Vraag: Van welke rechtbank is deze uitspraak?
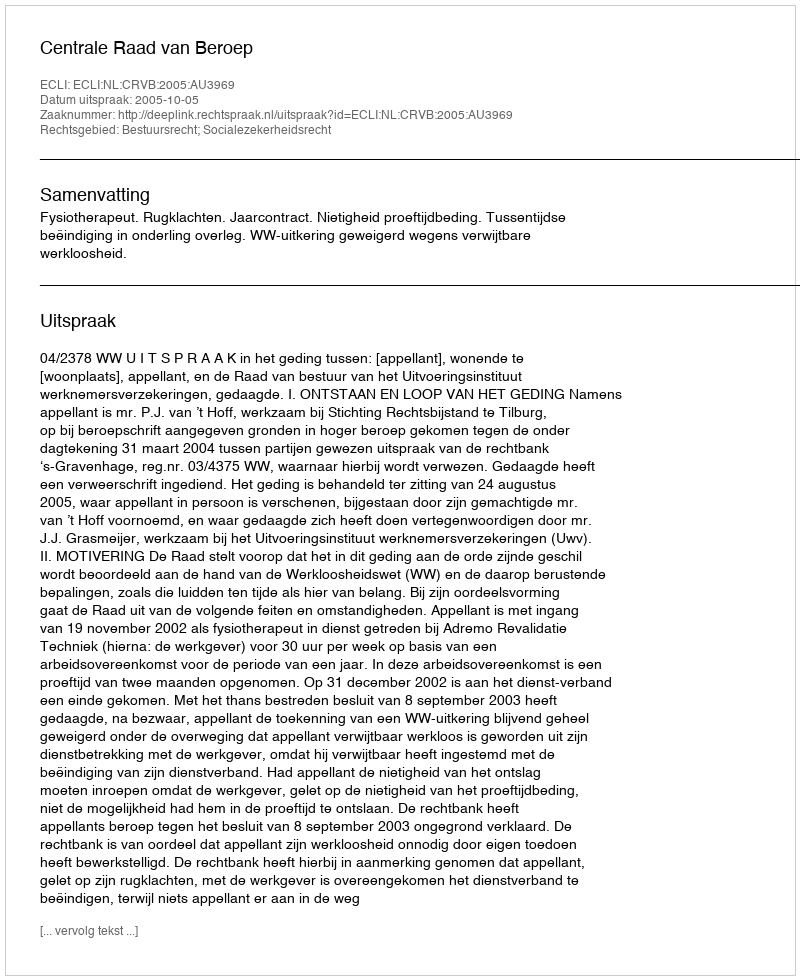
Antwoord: Centrale Raad van Beroep